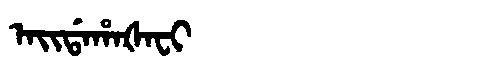
Manchu: ᠠᡳᡩᠠᡥᠠᡧᠠᠸᡳ
Romanization: AIDAHAŠAFI